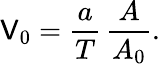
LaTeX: \mathsf{V}_{0}=\frac{{a}}{{T}}\, \frac{{A}}{{A_{0}}}.